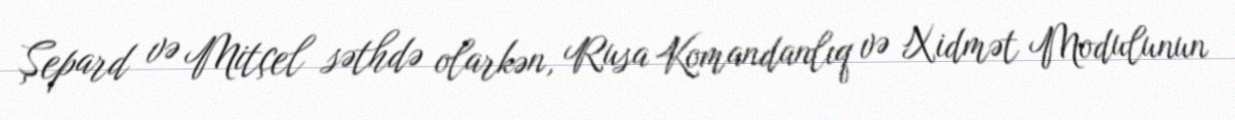
Şepard və Mitçel səthdə olarkən, Rusa Komandanlıq və Xidmət Modulunun